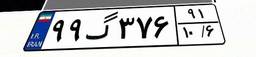
۱۸گ۰۷۲۱۲